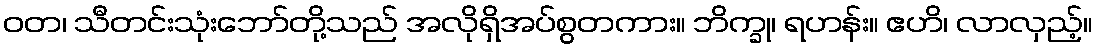
ဝတ၊ သီတင်းသုံးဘော်တို့သည် အလိုရှိအပ်စွတကား။ ဘိက္ခု၊ ရဟန်း။ ဧဟိ၊ လာလှည့်။